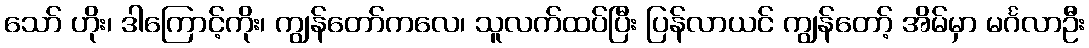
သော် ဟိုး၊ ဒါကြောင့်ကိုး၊ ကျွန်တော်ကလေ၊ သူလက်ထပ်ပြီး ပြန်လာယင် ကျွန်တော့် အိမ်မှာ မင်္ဂလာဦး